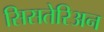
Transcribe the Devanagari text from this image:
सिसतेरिअन